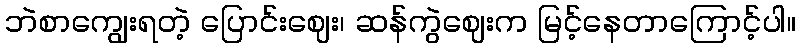
ဘဲစာကျွေးရတဲ့ ပြောင်းဈေး၊ ဆန်ကွဲဈေးက မြင့်နေတာကြောင့်ပါ။